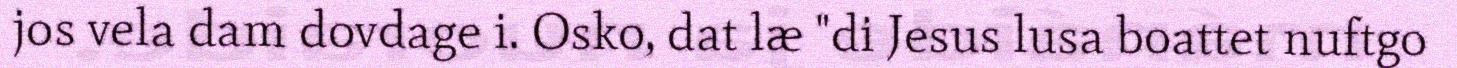
jos vela dam dovdage i. Osko, dat læ "di Jesus lusa boattet nuftgo